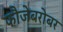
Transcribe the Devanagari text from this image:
फौजेबरोबर